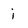
Character: i